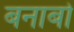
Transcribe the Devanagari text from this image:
बनाबो